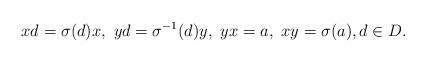
LaTeX: \begin{align*} xd=\sigma(d)x, \ yd=\sigma^{-1}(d)y,\ yx=a, \ xy=\sigma(a), d\in D. \end{align*}